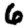
Digit: 6